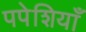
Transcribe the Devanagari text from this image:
पपेशियाँ